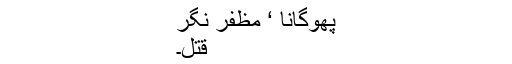
پھوگانا ‘ مظفر نگر
قتل۔